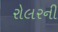
રોલરની